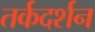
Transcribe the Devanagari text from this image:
तर्कदर्शन